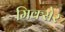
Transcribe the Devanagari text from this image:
मिक्सेर